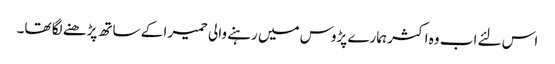
اس لئے اب وہ اکثر ہمارے پڑوس میں رہنے والی حمیرا کے ساتھ پڑھنے لگا تھا۔